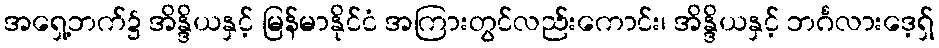
အရှေ့ဘက်၌ အိန္ဒိယနှင့် မြန်မာနိုင်ငံ အကြားတွင်လည်းကောင်း၊ အိန္ဒိယနှင့် ဘင်္ဂလားဒေ့ရှ်